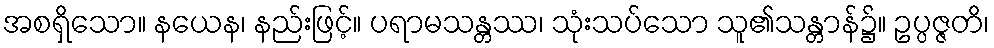
အစရှိသော။ နယေန၊ နည်းဖြင့်။ ပရာမသန္တဿ၊ သုံးသပ်သော သူ၏သန္တာန်၌။ ဥပ္ပဇ္ဇတိ၊